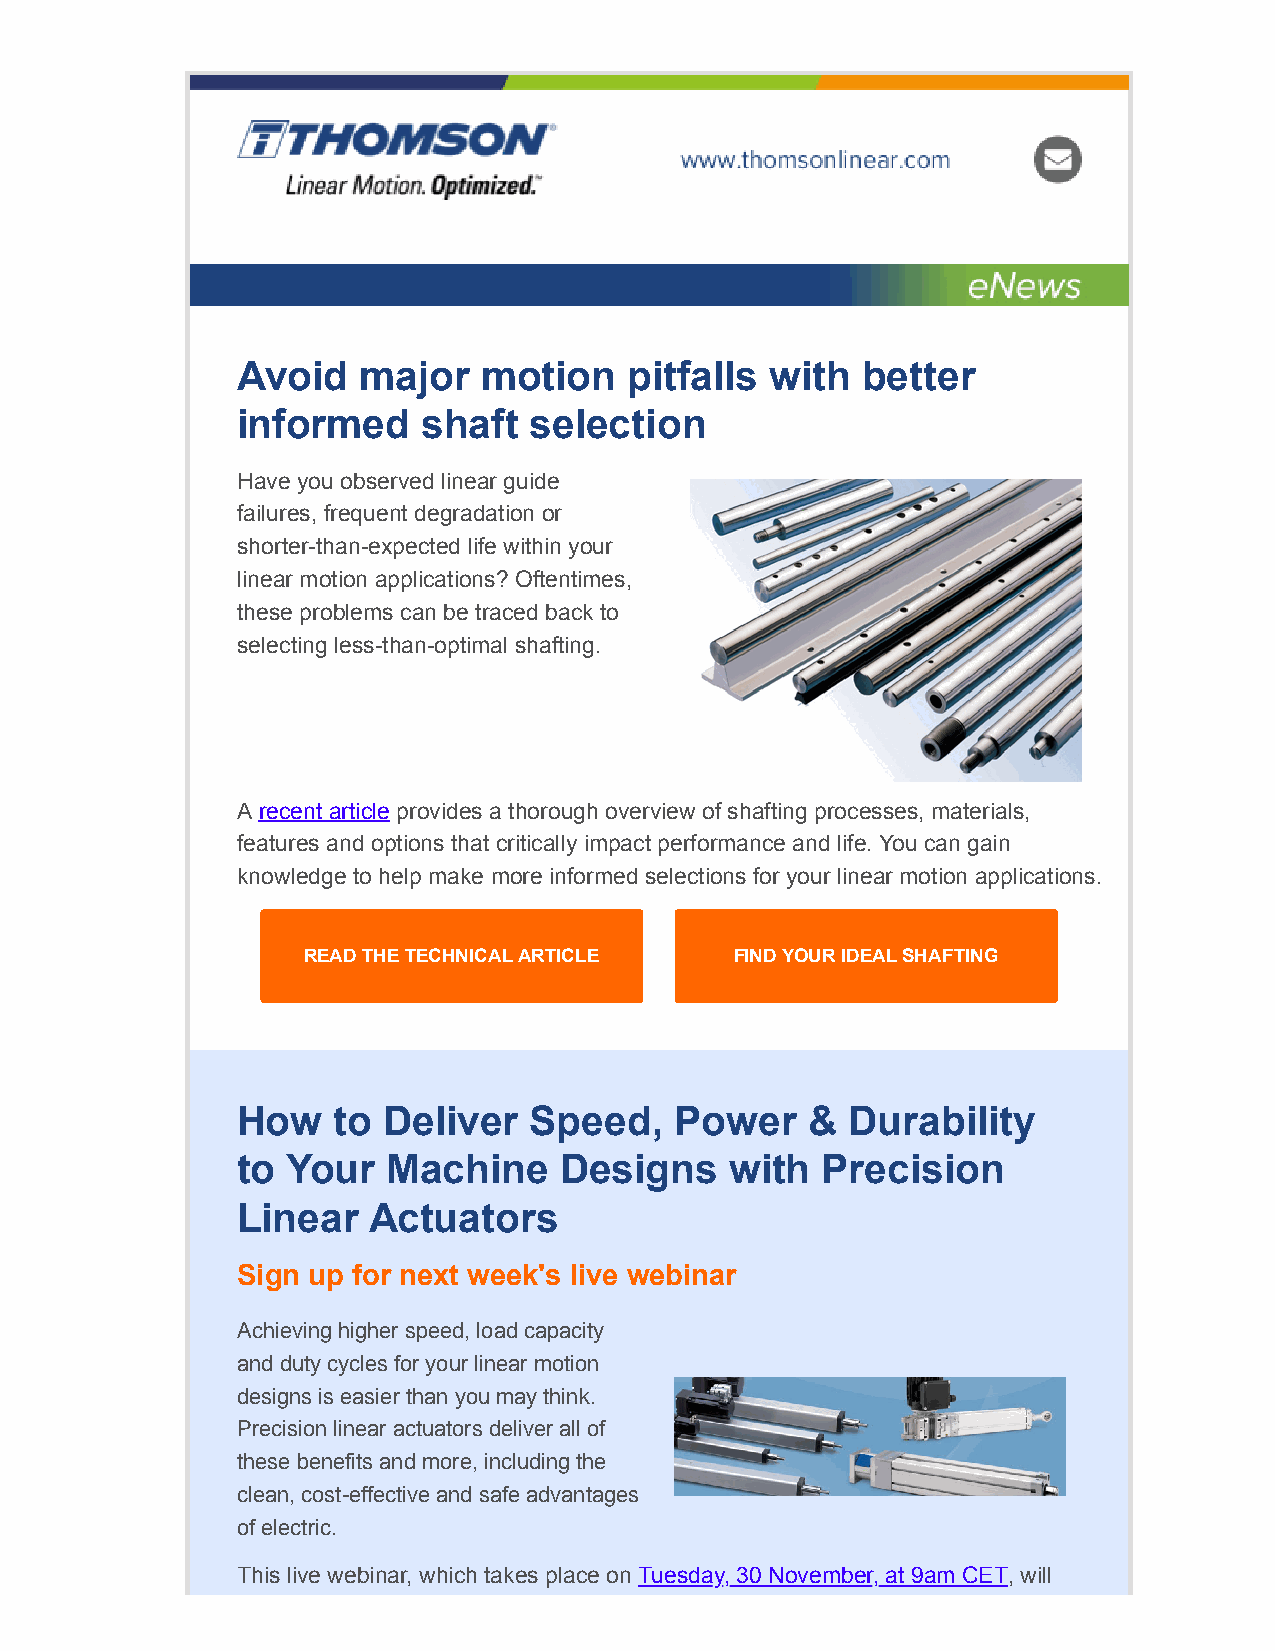
Avoid   major   motion    pitfalls with  better
 informed    shaft  selection
 Have you observed linear guide
 failures, frequent degradation or
 shorter-than-expected life within your
 linear motion applications? Oftentimes,
 these problems can be traced back to
 selecting less-than-optimal shafting.
 A recent article provides a thorough overview of shafting processes, materials,
 features and options that critically impact performance and life. You can gain
 knowledge to help make more informed selections for your linear motion applications.
 READ THE TECHNICAL ARTICLE   FIND YOUR IDEAL SHAFTING
 How   to Deliver   Speed,    Power    & Durability
 to Your   Machine    Designs    with  Precision
 Linear  Actuators
 Sign up for next week's live webinar
 Achieving higher speed, load capacity
 and duty cycles for your linear motion
 designs is easier than you may think.
 Precision linear actuators deliver all of
 these benefits and more, including the
 clean, cost-effective and safe advantages
 of electric.
 This live webinar, which takes place on Tuesday, 30 November, at 9am CET, will